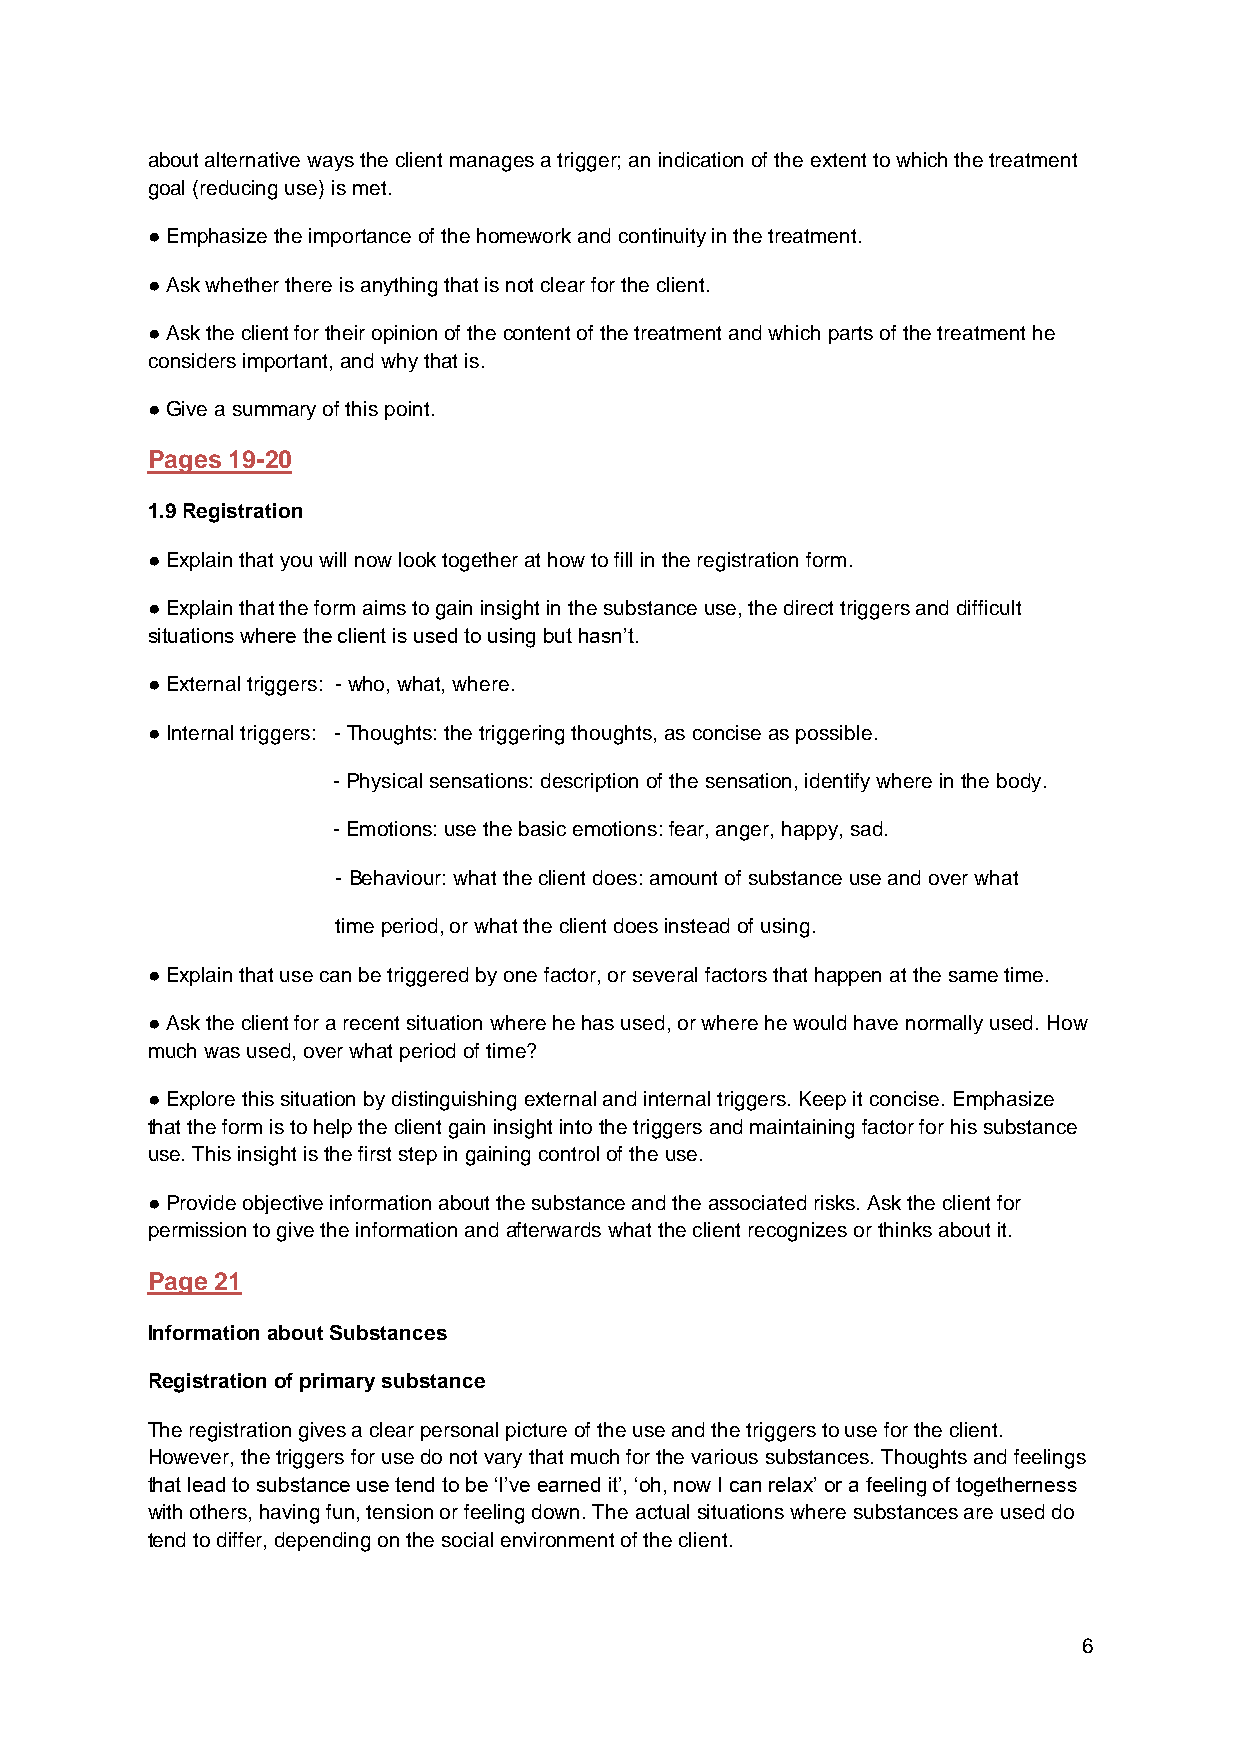
about alternative ways the client manages a trigger; an indication of the extent to which the treatment
 goal (reducing use) is met.
 ● Emphasize the importance of the homework and continuity in the treatment.
 ● Ask whether there is anything that is not clear for the client.
 ● Ask the client for their opinion of the content of the treatment and which parts of the treatment he
 considers important, and why that is.
 ● Give a summary of this point.
 Pages 19-20
 1.9 Registration
 ● Explain that you will now look together at how to fill in the registration form.
 ● Explain that the form aims to gain insight in the substance use, the direct triggers and difficult
 situations where the client is used to using but hasn’t.
 ● External triggers: - who, what, where.
 ● Internal triggers: - Thoughts: the triggering thoughts, as concise as possible.
 - Physical sensations: description of the sensation, identify where in the body.
 - Emotions: use the basic emotions: fear, anger, happy, sad.
 - Behaviour: what the client does: amount of substance use and over what
 time period, or what the client does instead of using.
 ● Explain that use can be triggered by one factor, or several factors that happen at the same time.
 ● Ask the client for a recent situation where he has used, or where he would have normally used. How
 much was used, over what period of time?
 ● Explore this situation by distinguishing external and internal triggers. Keep it concise. Emphasize
 that the form is to help the client gain insight into the triggers and maintaining factor for his substance
 use. This insight is the first step in gaining control of the use.
 ● Provide objective information about the substance and the associated risks. Ask the client for
 permission to give the information and afterwards what the client recognizes or thinks about it.
 Page 21
 Information about Substances
 Registration of primary substance
 The registration gives a clear personal picture of the use and the triggers to use for the client.
 However, the triggers for use do not vary that much for the various substances. Thoughts and feelings
 that lead to substance use tend to be ‘I’ve earned it’, ‘oh, now I can relax’ or a feeling of togetherness
 with others, having fun, tension or feeling down. The actual situations where substances are used do
 tend to differ, depending on the social environment of the client.
 6